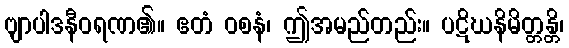
ဗျာပါဒနီဝရဏ၏။ ဧတံ ဝစနံ၊ ဤအမည်တည်း။ ပဋိဃနိမိတ္တန္တိ၊